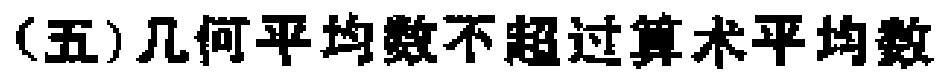
(五)几何平均数不超过算术平均数